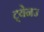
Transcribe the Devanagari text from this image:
ट्येनउ